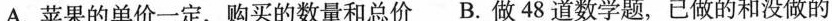
A.苹果的单价一定，购买的数量和总价B.做48道数学题，已做的和没做的